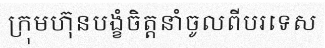
ក្រុមហ៊ុនបង្ខំចិត្តនាំចូលពីបរទេស